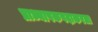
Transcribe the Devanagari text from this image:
प्राध्यापकपदाकरता